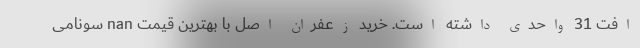
افت 31 واحدی داشته است. خرید زعفران اصل با بهترین قیمت nan سونامی